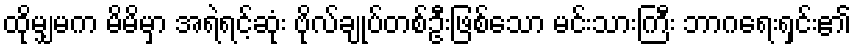
ထိုမျှမက မိမိမှာ အရဲရင့်ဆုံး ဗိုလ်ချုပ်တစ်ဦးဖြစ်သော မင်းသားကြီး ဘာဂရေးရှင်း၏